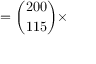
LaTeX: = { \binom { 2 0 0 } { 1 1 5 } } \times